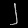
Digit: ၂